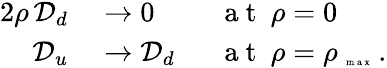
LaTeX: \begin{array}{rl}{2\rho\, \mathcal{D}_{d}}&{{}\rightarrow 0\phantom{\mathcal{D}_{d}}\quad\mathrm{~a~t~}\ \rho=0}\\ {\mathcal{D}_{u}}&{{}\rightarrow\mathcal{D}_{d}\phantom{0}\quad\mathrm{~a~t~}\ \rho=\rho_{\mathrm{~\tiny~m~a~x~}}\, .}\end{array}